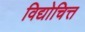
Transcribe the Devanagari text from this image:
विद्योचित्त